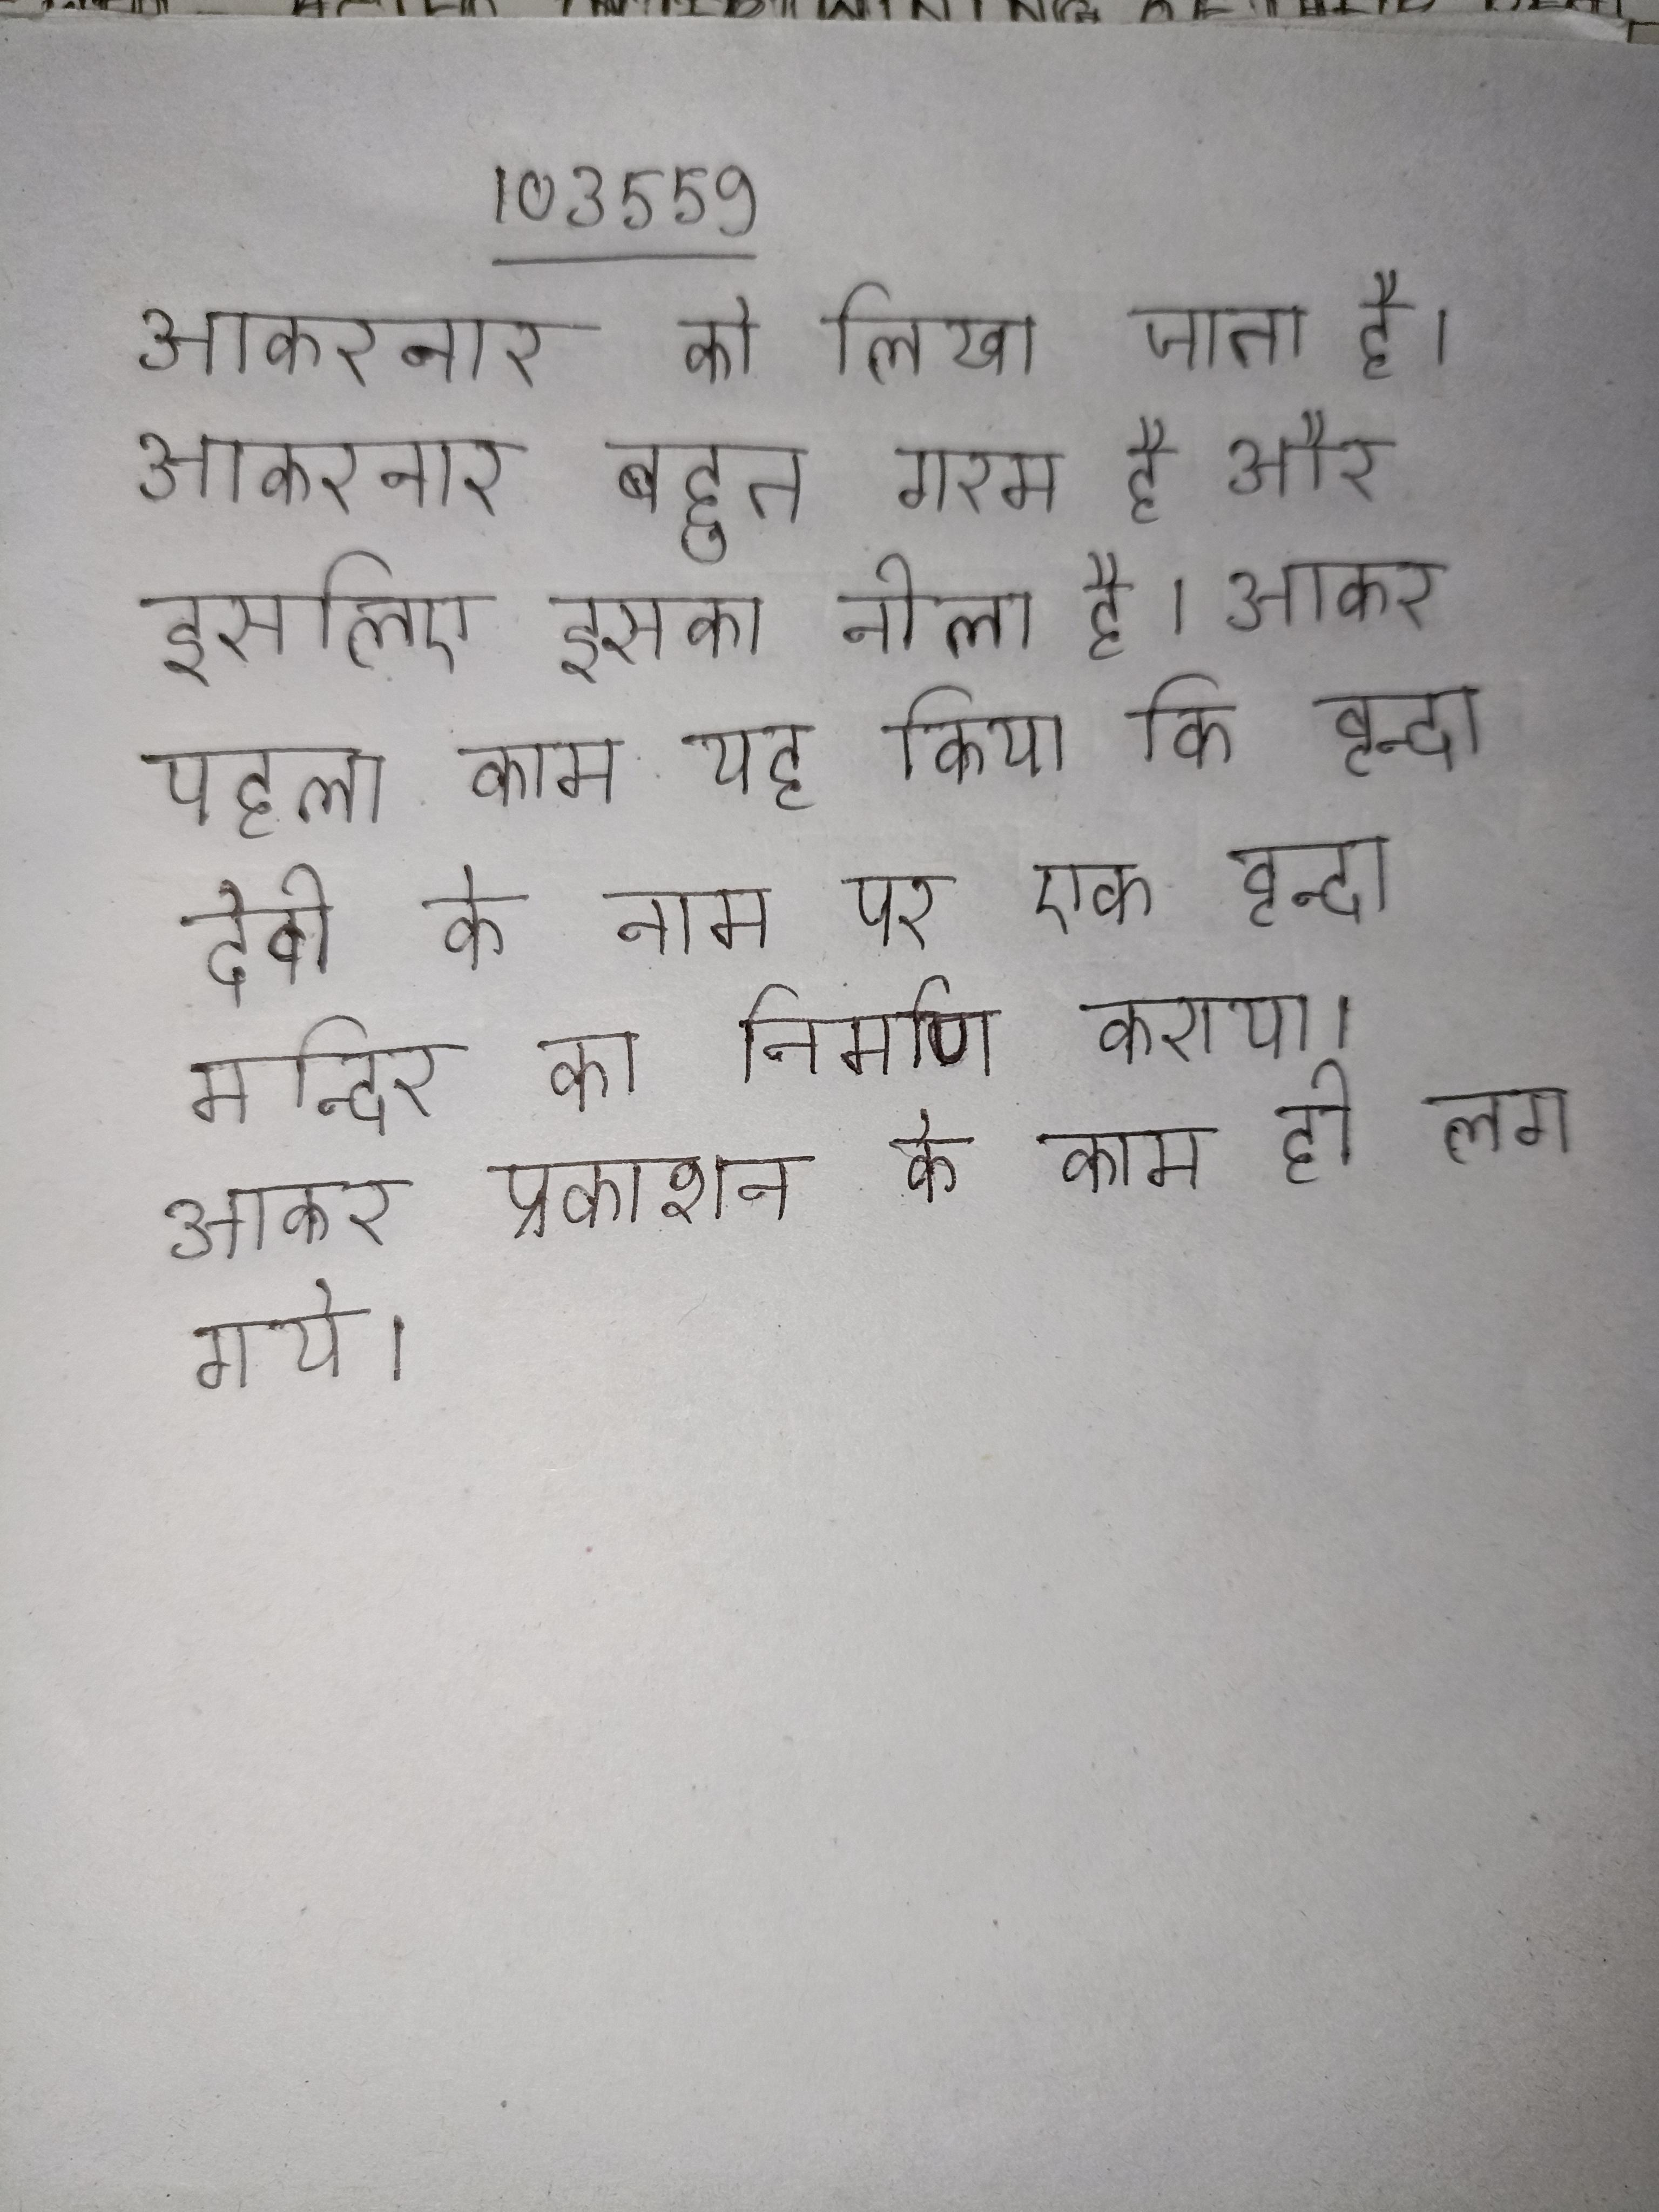
आकरनार को लिखा जाता है । आकरनार बहुत गरम है और इसलिए इसका नीला है । आकर पहला काम यह किया कि वृन्दा देवी के नाम पर एक वृन्दा मन्दिर का निर्माण कराया । आकर प्रकाशन के काम ही लग गये ।